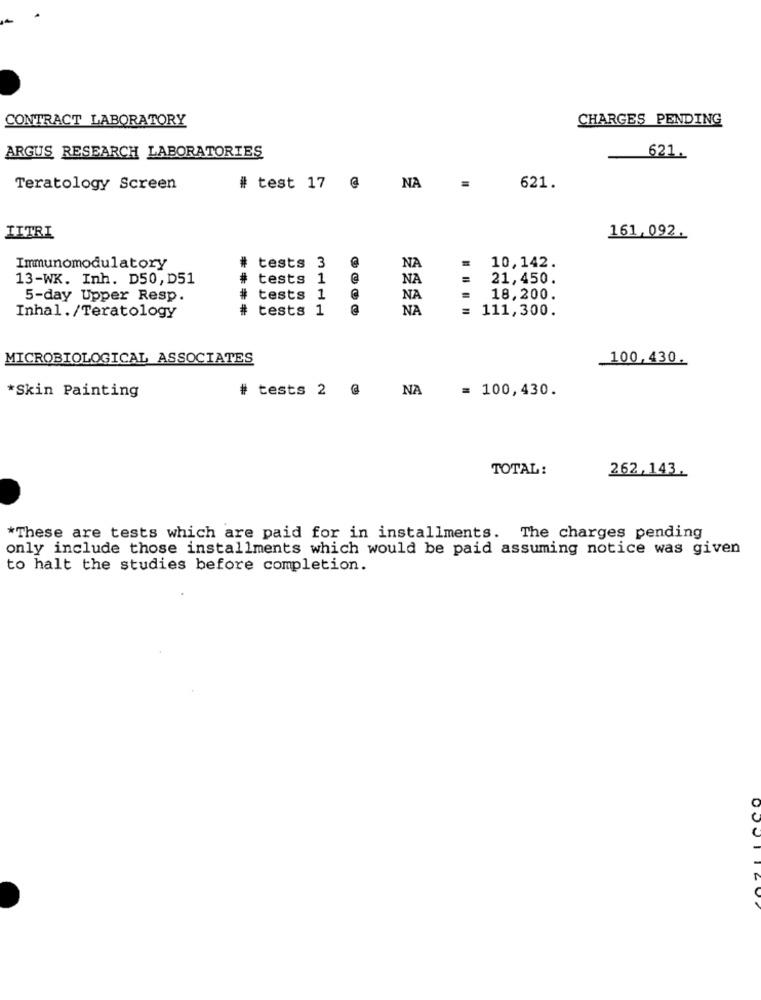
CONTRACT LABORATORY
CHARGES PENDING
ARGUS RESEARCH LABORATORIES
621.
Teratology Screen
# test 17 @ NA
621.
LITRI
161,092
NA
10,142.
Immunomodulatory
# tests 3
13-WK. Inh. D50, D51
# tests 1
NA
=
21,450.
5-day Upper Resp.
# tests 1 @
NA
18,200.
# tests 1 @
****
NA
111,300.
Inhal./Teratology
MICROBIOLOGICAL ASSOCIATES
100,430.
*Skin Painting
# tests 2 @
NA
= 100,430.
TOTAL:
262,143
*These are tests which are paid for in installments. The charges pending
only include those installments which would be paid assuming notice was given
to halt the studies before completion.